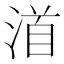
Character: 渞